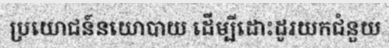
ប្រយោជន៍នយោបាយ ដើម្បីដោះដូរយកជំនួយ